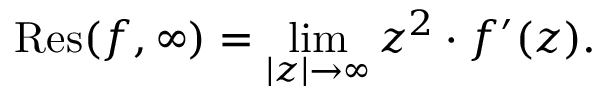
\operatorname { R e s } ( f , \infty ) = \operatorname* { l i m } _ { | z | \to \infty } z ^ { 2 } \cdot f ^ { \prime } ( z ) .